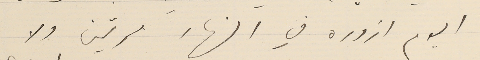
اليوم ازوره في النهار مرتين ولا